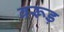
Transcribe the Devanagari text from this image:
वरूड़